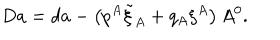
LaTeX: D a = d a - \left( p ^ { A } \tilde { \xi } _ { A } + q _ { A } \xi ^ { A } \right) A ^ { 0 } .